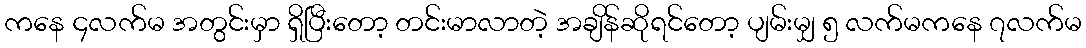
ကနေ ၄လက်မ အတွင်းမှာ ရှိပြီးတော့ တင်းမာလာတဲ့ အချိန်ဆိုရင်တော့ ပျမ်းမျှ ၅ လက်မကနေ ၇လက်မ